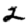
Digit: 2